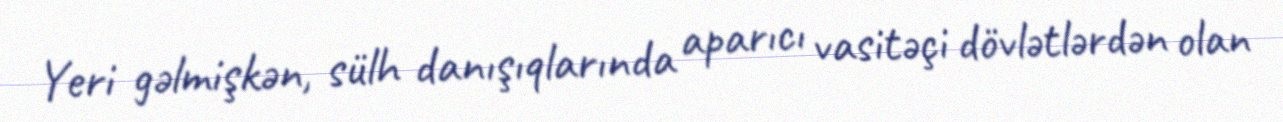
Yeri gəlmişkən, sülh danışıqlarında aparıcı vasitəçi dövlətlərdən olan